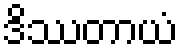
ဒိဿတာယံ